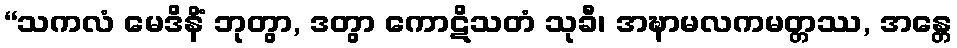
“သကလံ မေဒိနိံ ဘုတွာ, ဒတွာ ကောဋိသတံ သုခီ၊ အဍ္ဎာမလကမတ္တဿ, အန္တေ